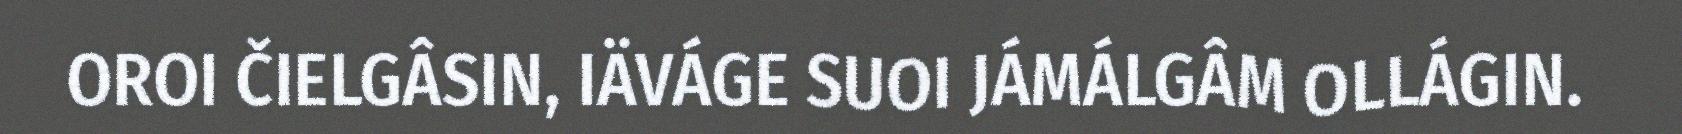
OROI ČIELGÂSIN, IÄVÁGE SUOI JÁMÁLGÂM OLLÁGIN.